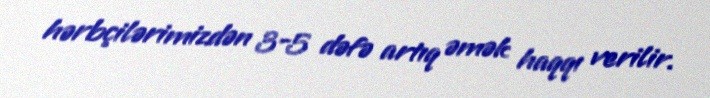
hərbçilərimizdən 3-5 dəfə artıq əmək haqqı verilir.